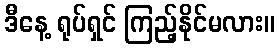
ဒီနေ့ ရုပ်ရှင် ကြည့်နိုင်မလား။